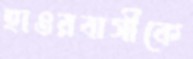
হাওরবাসীকে